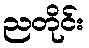
ညတိုင်း